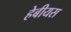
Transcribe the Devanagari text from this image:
हेबीयस